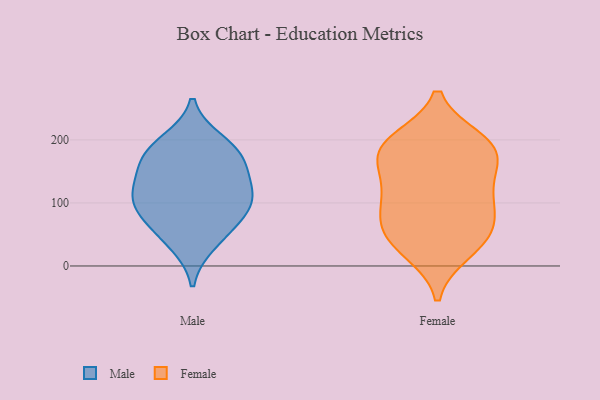
{"axis": {"x": "Tickets Resolved", "y": "Value"}, "legend": ["Female", "Male"], "data": [{"x": "", "y": 36, "type": "Male"}, {"x": "", "y": 128, "type": "Male"}, {"x": "", "y": 170, "type": "Male"}, {"x": "", "y": 108, "type": "Male"}, {"x": "", "y": 197, "type": "Male"}, {"x": "", "y": 162, "type": "Male"}, {"x": "", "y": 86, "type": "Male"}, {"x": "", "y": 182, "type": "Male"}, {"x": "", "y": 118, "type": "Male"}, {"x": "", "y": 59, "type": "Male"}, {"x": "", "y": 93, "type": "Male"}, {"x": "", "y": 181, "type": "Female"}, {"x": "", "y": 34, "type": "Female"}, {"x": "", "y": 75, "type": "Female"}, {"x": "", "y": 53, "type": "Female"}, {"x": "", "y": 57, "type": "Female"}, {"x": "", "y": 180, "type": "Female"}, {"x": "", "y": 96, "type": "Female"}, {"x": "", "y": 149, "type": "Female"}, {"x": "", "y": 185, "type": "Female"}, {"x": "", "y": 24, "type": "Female"}, {"x": "", "y": 115, "type": "Female"}, {"x": "", "y": 193, "type": "Female"}, {"x": "", "y": 198, "type": "Female"}, {"x": "", "y": 117, "type": "Female"}]}